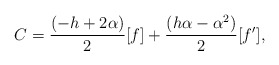
\begin{align*}C={\frac{\left(-h+2\alpha \right)}{2}} [f]+{\frac { \left( h{\alpha}-\alpha^{2} \right) }{2}}[f'],\end{align*}